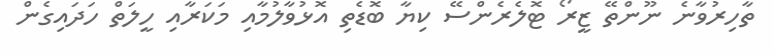
ތާހިރުވާނެ ނޫންތޭ ޒީރޯ ޓޮލެރެންސޭ ކިޔާ ބޮޑެތި އޮޅުވާލުމާއި މަކަރާއި ހީލަތް ހަދައިގެން